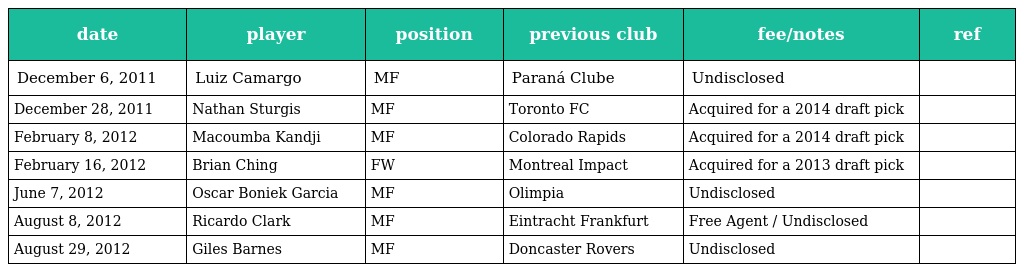
| date | player | position | previous club | fee/notes | ref |
 | --- | --- | --- | --- | --- | --- |
 | December 6, 2011 | Luiz Camargo | MF | Paraná Clube | Undisclosed |  |
 | December 28, 2011 | Nathan Sturgis | MF | Toronto FC | Acquired for a 2014 draft pick |  |
 | February 8, 2012 | Macoumba Kandji | MF | Colorado Rapids | Acquired for a 2014 draft pick |  |
 | February 16, 2012 | Brian Ching | FW | Montreal Impact | Acquired for a 2013 draft pick |  |
 | June 7, 2012 | Oscar Boniek Garcia | MF | Olimpia | Undisclosed |  |
 | August 8, 2012 | Ricardo Clark | MF | Eintracht Frankfurt | Free Agent / Undisclosed |  |
 | August 29, 2012 | Giles Barnes | MF | Doncaster Rovers | Undisclosed |  |